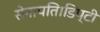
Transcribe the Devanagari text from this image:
सेनापति।डिप्टी